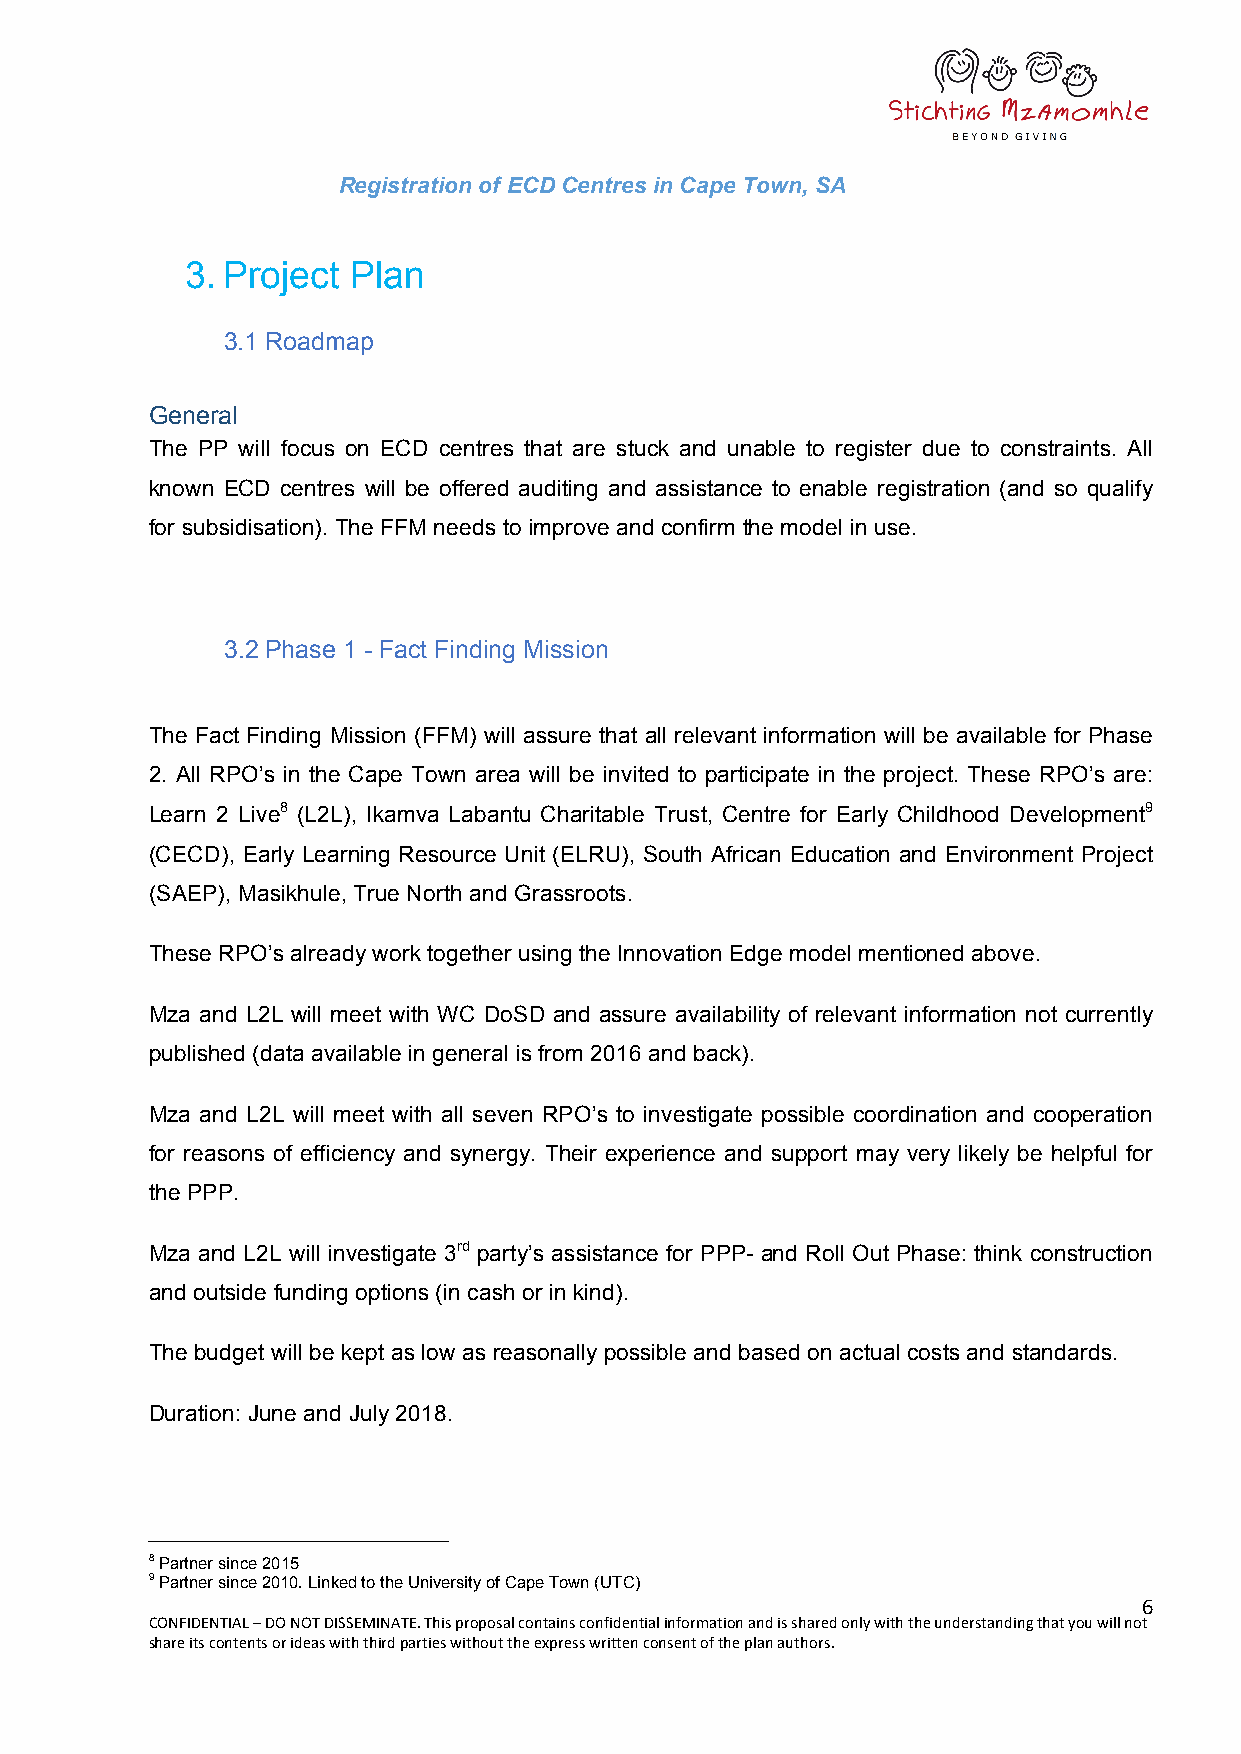
Registration of ECD Centres in Cape Town, SA
 3. Project Plan
 3.1 Roadmap
 General
 The PP will focus on ECD centres that are stuck and unable to register due to constraints. All
 known ECD centres will be offered auditing and assistance to enable registration (and so qualify
 for subsidisation). The FFM needs to improve and confirm the model in use.
 3.2 Phase 1 - Fact Finding Mission
 The Fact Finding Mission (FFM) will assure that all relevant information will be available for Phase
 2. All RPO’s in the Cape Town area will be invited to participate in the project. These RPO’s are:
 Learn 2 Live8 (L2L), Ikamva Labantu Charitable Trust, Centre for Early Childhood Development9
 (CECD), Early Learning Resource Unit (ELRU), South African Education and Environment Project
 (SAEP), Masikhule, True North and Grassroots.
 These RPO’s already work together using the Innovation Edge model mentioned above.
 Mza and L2L will meet with WC DoSD and assure availability of relevant information not currently
 published (data available in general is from 2016 and back).
 Mza and L2L will meet with all seven RPO’s to investigate possible coordination and cooperation
 for reasons of efficiency and synergy. Their experience and support may very likely be helpful for
 the PPP.
 Mza and L2L will investigate 3rd party’s assistance for PPP- and Roll Out Phase: think construction
 and outside funding options (in cash or in kind).
 The budget will be kept as low as reasonally possible and based on actual costs and standards.
 Duration: June and July 2018.
 8 Partner since 2015
 9 Partner since 2010. Linked to the University of Cape Town (UTC)
 6
 CONFIDENTIAL – DO NOT DISSEMINATE. This proposal contains confidential information and is shared only with the understanding that you will not
 share its contents or ideas with third parties without the express written consent of the plan authors.